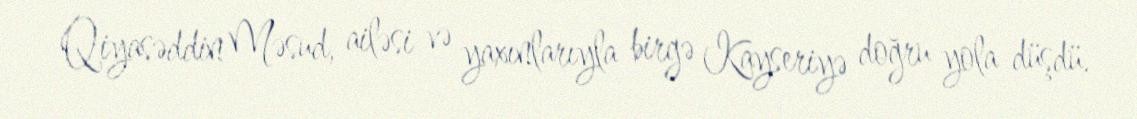
Qiyasəddin Məsud, ailəsi və yaxınlarıyla birgə Kayseriyə doğru yola düşdü.